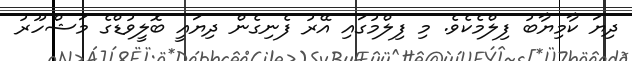
ދިޔަ ކާމިޔާބު ފިލްމެކެވެ. މި ފިލްމުގައި އޭރު ފެނިގެން ދިޔައީ ބޮލީވުޑްގެ މަޝްހޫރު